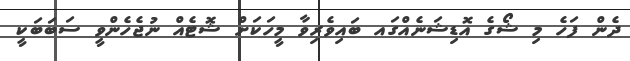
ދެން ފަހެ މި ޝޯގެ އޮޑިޝަނެއްގައ ބައިވެރިވާ މީހަކަށް ޝޮޓެއް ނުޖެހެންވީ ސަބަބަކީ